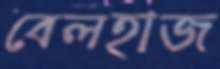
বেলহাজ